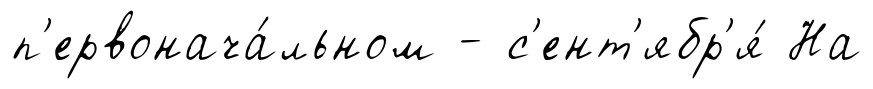
п'ервонача́льном - с'ент'ябр'я́ На